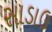
સાડાઉ